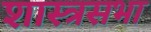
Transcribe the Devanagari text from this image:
शास्त्रसभा